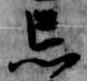
忘